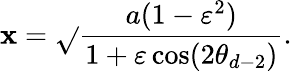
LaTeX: \mathbf{x}=\sqrt{}{{\frac{{a(1-\varepsilon^{2})}}{{1+\varepsilon\cos(2\theta_{d-2})}}}}.